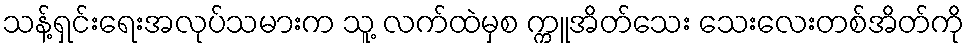
သန့်ရှင်းရေးအလုပ်သမားက သူ့ လက်ထဲမှစ က္ကူအိတ်သေး သေးလေးတစ်အိတ်ကို